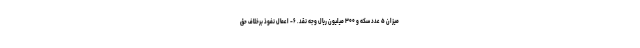
میزان ۵ عدد سکه و ۳۰۰ میلیون ریال وجه نقد. ۶- اعمال نفوذ برخلاف حق